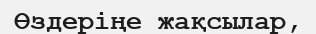
Өздеріңе жақсылар,